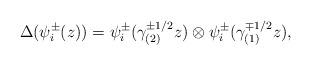
LaTeX: \begin{align*} \Delta(\psi^\pm_i(z))=\psi^\pm_i(\gamma^{\pm 1/2}_{(2)}z)\otimes \psi^\pm_i(\gamma^{\mp 1/2}_{(1)}z),\end{align*}